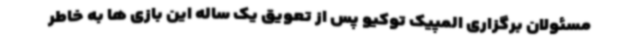
مسئولان برگزاری المپیک توکیو پس از تعویق یک ساله این بازی ها به خاطر